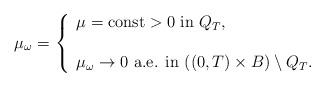
LaTeX: \begin{align*}\mu_\omega = \left\{ \begin{array}{l} \mu = {\rm const} > 0 \ \mbox{in} \ Q_T , \\ \\\mu_\omega \to 0 \ \mbox{a.e. in} \ ((0,T) \times B) \setminus Q_T. \end{array} \right.\end{align*}